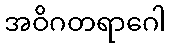
အဝိဂတရာဂေါ